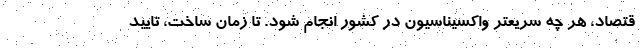
قتصاد، هر چه سریعتر واکسیناسیون در کشور انجام شود. تا زمان ساخت، تایید